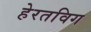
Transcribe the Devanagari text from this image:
हेरतविग